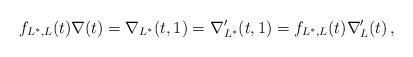
LaTeX: \begin{align*}f_{L^*,L}(t)\nabla(t)=\nabla_{L^*}(t,1)=\nabla'_{L^*}(t,1)=f_{L^*,L}(t)\nabla'_L(t)\,,\end{align*}